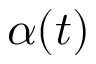
\alpha ( t )